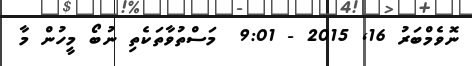
ނޮވެމްބަރު 16